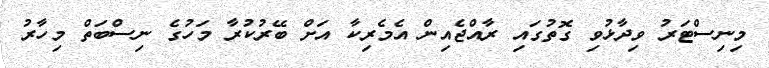
މިނިސްޓަރު ވިދާޅުވި ގޮތުގައި ރާއްޖެއިން އެމެރިކާ އަށް ބޭރުކުރާ މަހުގެ ނިސްބަތް މިހާރު